Vaccination report Assam 1896-1927 - 1896-1927
Year: 1896
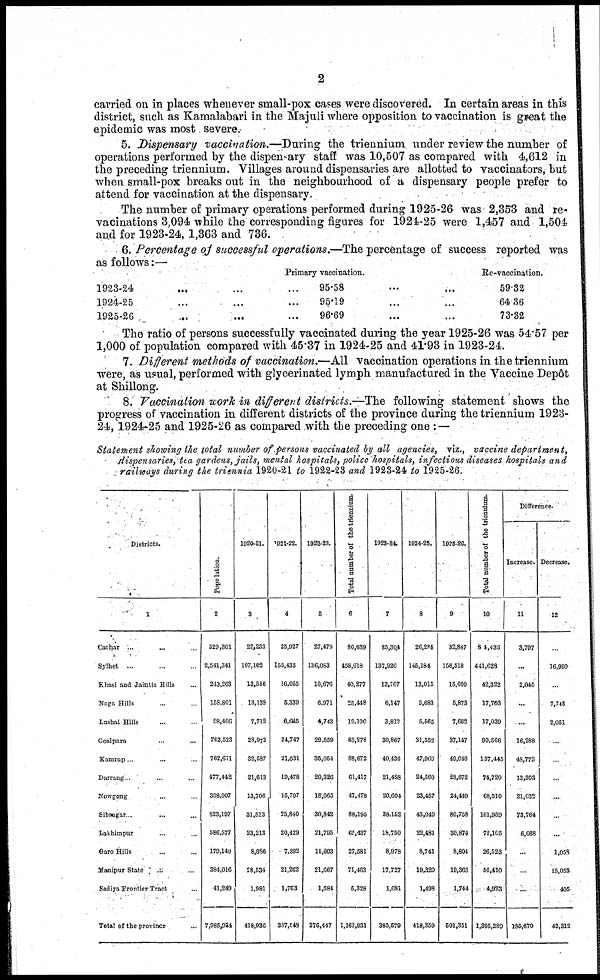
2
carried on in places whenever small-pox cases were discovered. In certain areas in this
district, such as Kamalabari in the Majuli where opposition to vaccination is great the
epidemic was most severe.
5. Dispensary vaccination.—During the triennium under review the number of
operations performed by the dispensary staff was 10,507 as compared with 4,612 in
the preceding triennium. Villages around dispensaries are allotted to vaccinators, but
when small-pox breaks out in the neighbourhood of a dispensary people prefer to
attend for vaccination at the dispensary.
The number of primary operations performed during 1925-26 was 2,353 and re-
vacinations 3,094 while the corresponding figures for 1924-25 were 1,457 and 1,504
and for 1923-24, 1,363 and 736.
6. Percentage of successful operations.—The percentage of success reported was
as follows:—
1923-24
1924-25
1925-26
Primary vaccination.
...
...
...
95.58
...
...
...
95.19
...
...
...
96.69
Re-vaccination.
...
...
59.32
...
...
64.36
...
...
73.32
The ratio of persons successfully vaccinated during the year 1925-26 was 54.57 per
1,000 of population compared with 45.37 in 1924-25 and 41.93 in 1923-24.
7. Different methods of vaccination.—All vaccination operations in the triennium
were, as usual, performed with glycerinated lymph manufactured in the Vaccine Depôt
at Shillong.
8. Vaccination work in different districts.—The following statement shows the
progress of vaccination in different districts of the province during the triennium 1923-
24, 1924-25 and 1925-26 as compared with the preceding one : —
Statement showing the total number of persons vaccinated by all agencies, viz., vaccine department,
dispensaries,tea gardens, jails, mental hospitals, police hospitals, infectious diseases hospitals and
railways during the triennia 1920-21 to 1922-23 and 1923-24 to 1925-26.
Districts.
1
Cachar ... ... ...
Sylhet ...
Khasi and Jaintia Hills ...
Mega Hills ...
Lashai Hills ...
Goalpara ... ...
Kamrup ... ... ...
Darrang ... ... ...
Nowgong ... ...
Sibsagar . ... ...
Lakhimpur ... ...
Garo Hills ... ...
Manipur State ... ...
Sadiya Frontier Tract ...
Total of the province ...
Population.
2
529,301
2,541,341
243,263
156,801
98,406
762,523
762,671
477,442
398,007
823,107
586,577
179,140
384,016
41,249
7,985,934
1920-21.
3
27,233
167,103
13,546
13,138
7,712
28,972
32,587
21,613
13,706
31,513
23,213
8,086
28,534
1,981
418,936
1921-22.
4
25,927
155,433
16,055
5,339
6,645
24,747
21,031
19,478
15,707
25,840
20,429
7,892
21,262
1,763
367,548
1922-23.
5
27,479
136,083
10,676
6,971
4,743
29,559
35,054
20,326
18,065
30,842
21,795
11,603
21,667
1,584
376,447
Total number of the triennium.
6
80,639
458,618
40,277
25,448
19,100
83,278
88,672
61,417
47,478
88,195
65,487
27,581
71,463
6,328
1,162,931
1923-24.
7
25,304
137,926
13,707
6,147
3,812
30,867
40,436
21,488
20,604
38,162
18,750
8,978
17,727
1,681
385,679
1924-25.
8
26,285
146,184
13,015
5,683
5,565
31,552
47,969
24,560
23,457
43,049
22,481
8,741
19,320
1,498
418,359
1925-26.
9
32,847
158,518
15,600
5,873
7,662
37,147
49,040
28,672
24,449
80,758
30,874
8,804
19,363
1,744
501,351
Total number of the trionnium.
10
84,436
441,628
42,322
17,703
17,039
99,566
137,445
74,720
68,510
161,959
72,105
26,523
56,410
4,923
1,305,289
Difference.
Increase.
11
3,797
...
2,045
...
...
16,288
48,773
13,303
21,032
73,764
6,668
...
..
...
185,670
Decrease.
12
...
16,990
...
7,745
2,061
...
...
...
...
...
...
1,058
15,053
405
43,312